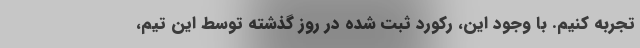
تجربه کنیم. با وجود این، رکورد ثبت شده در روز گذشته توسط این تیم،